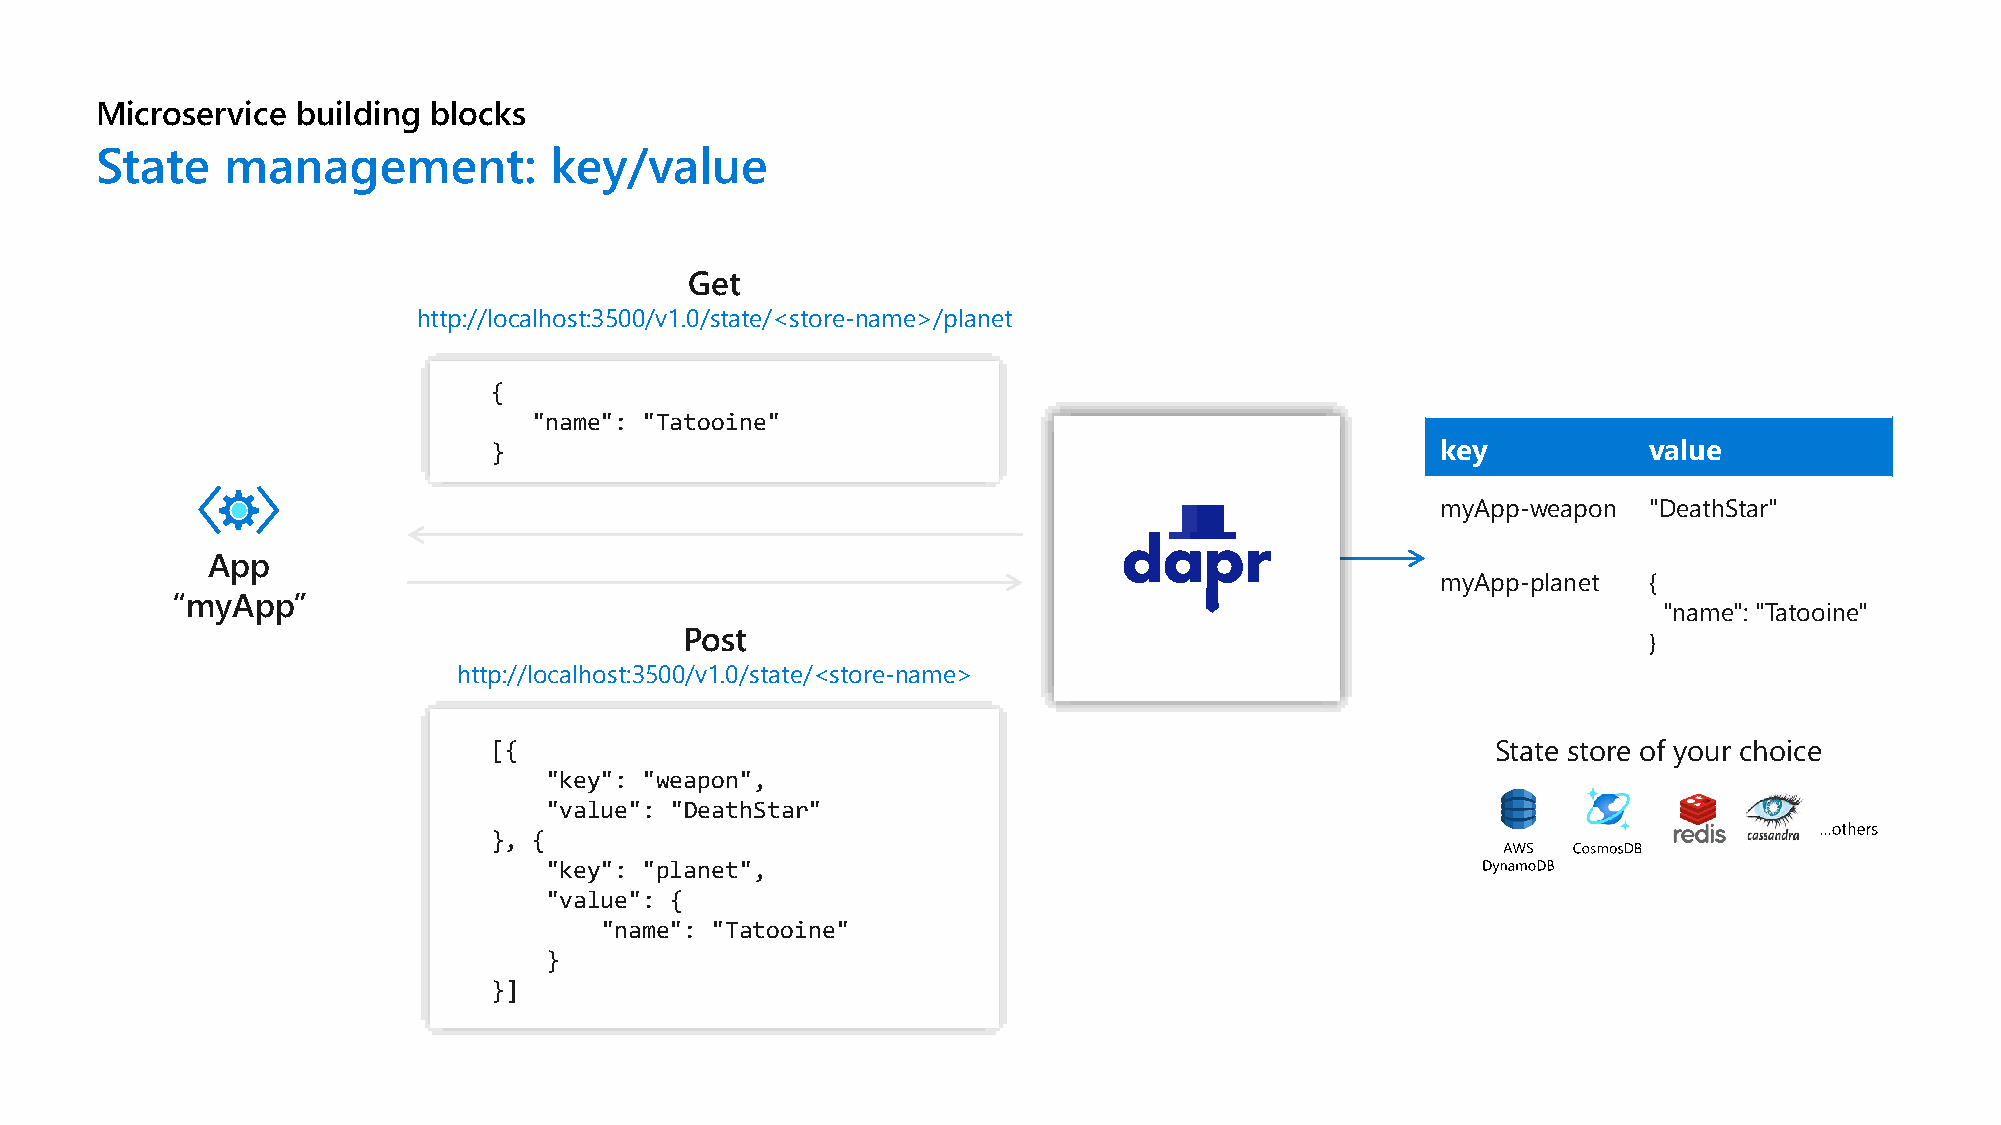
Microservice  building blocks
 State    management:          key/value
 Get
 http://localhost:3500/v1.0/state/<store-name>/planet
 {
 "name": "Tatooine"
 }                                                              key           value
 myApp-weapon  "DeathStar"
 App
 myApp-planet  {
 “myApp”
 "name": "Tatooine"
 Post
 }
 http://localhost:3500/v1.0/state/<store-name>
 [{                                                                 State store of your choice
 "key": "weapon",
 "value": "DeathStar"
 }, {
 "key": "planet",
 "value": {
 "name": "Tatooine"
 }
 }]